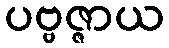
ပဗ္ဗဇ္ဇာယ